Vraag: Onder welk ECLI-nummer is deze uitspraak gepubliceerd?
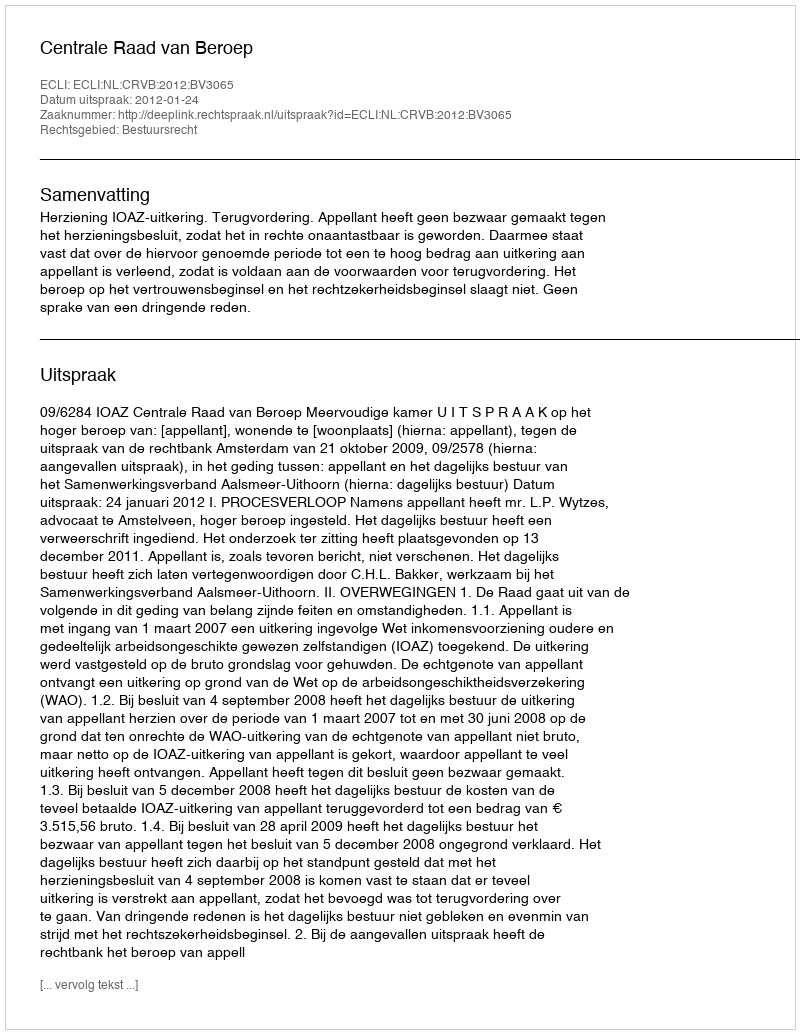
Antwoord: ECLI:NL:CRVB:2012:BV3065